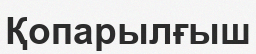
Қопарылғыш